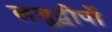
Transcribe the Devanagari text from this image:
लघुद्वीपों